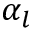
\alpha _ { l }